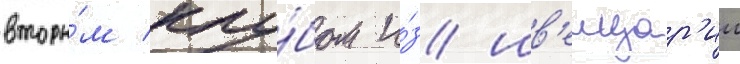
вторы́м клу́бом и́з шв'еицар'ии